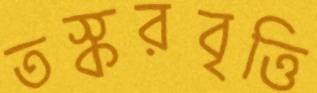
তস্করবৃত্তি